Civil Veterinary Dept. North-West Frontier Province 1901-22 - 1901-1922
Year: 1901
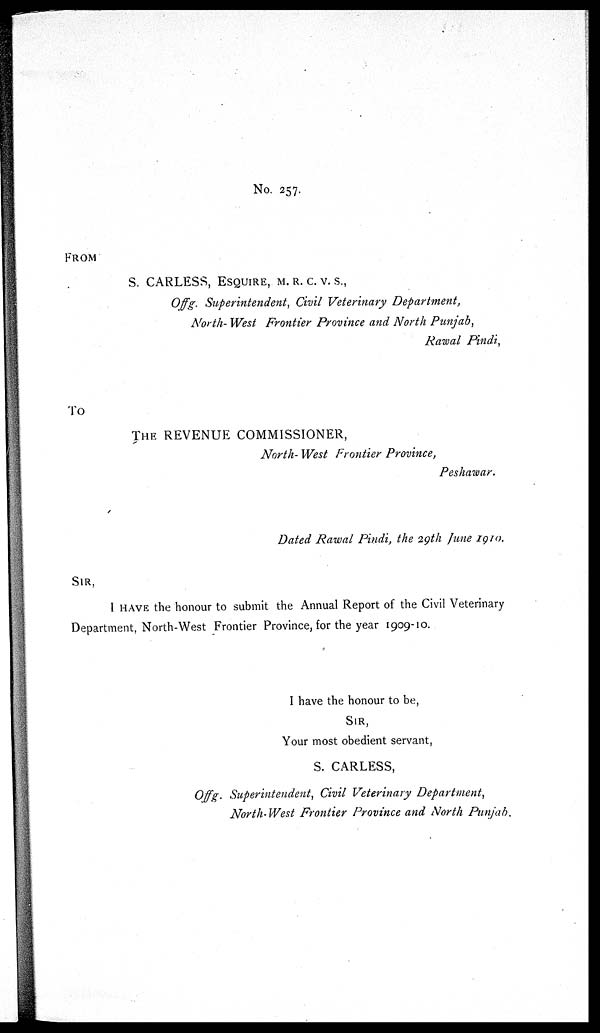
No. 257.
FROM
S. CARLESS, ESQUIRE, M. R. C. V. S.,
Offg. Superintendent, Civil Veterinary Department,
North- West Frontier Province and North Punjab,
Rawal Pindi,
TO
THE REVENUE COMMISSIONER,
North- West Frontier Province,
Peshawar.
Dated Rawal Pindi, the 29th June 1910.
SIR,
I HAVE the honour to submit the Annual Report of the Civil Veterinary
Department, North-West Frontier Province, for the year 1909-10.
I have the honour to be,
SIR,
Your most obedient servant,
S. CARLESS,
Offg. Superintendent, Civil Veterinary Department,
North-West Frontier Province and North Punjab.